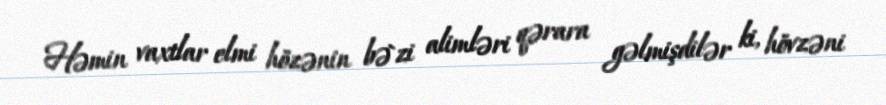
Həmin vaxtlar elmi hözənin bə`zi alimləri qərara gəlmişdilər ki, hövzəni